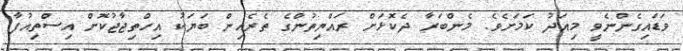
ވަޑައިގެންނެވީ މިއަދު ކަމަށެވެ. މެންބަރާ ދެކޮޅަށް ރައްޔިތުންގެ ތެރެއިން ބަޔަކު އިހްތިޖާޖުކޮށް އިސްތިއުފާ